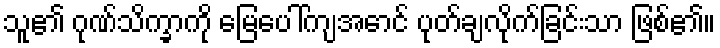
သူ၏ ဂုဏ်သိက္ခာကို မြေပေါ်ကျအောင် ပုတ်ချလိုက်ခြင်းသာ ဖြစ်၏။